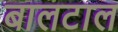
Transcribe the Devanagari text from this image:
बालटाल